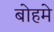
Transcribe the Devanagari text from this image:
बोहमे